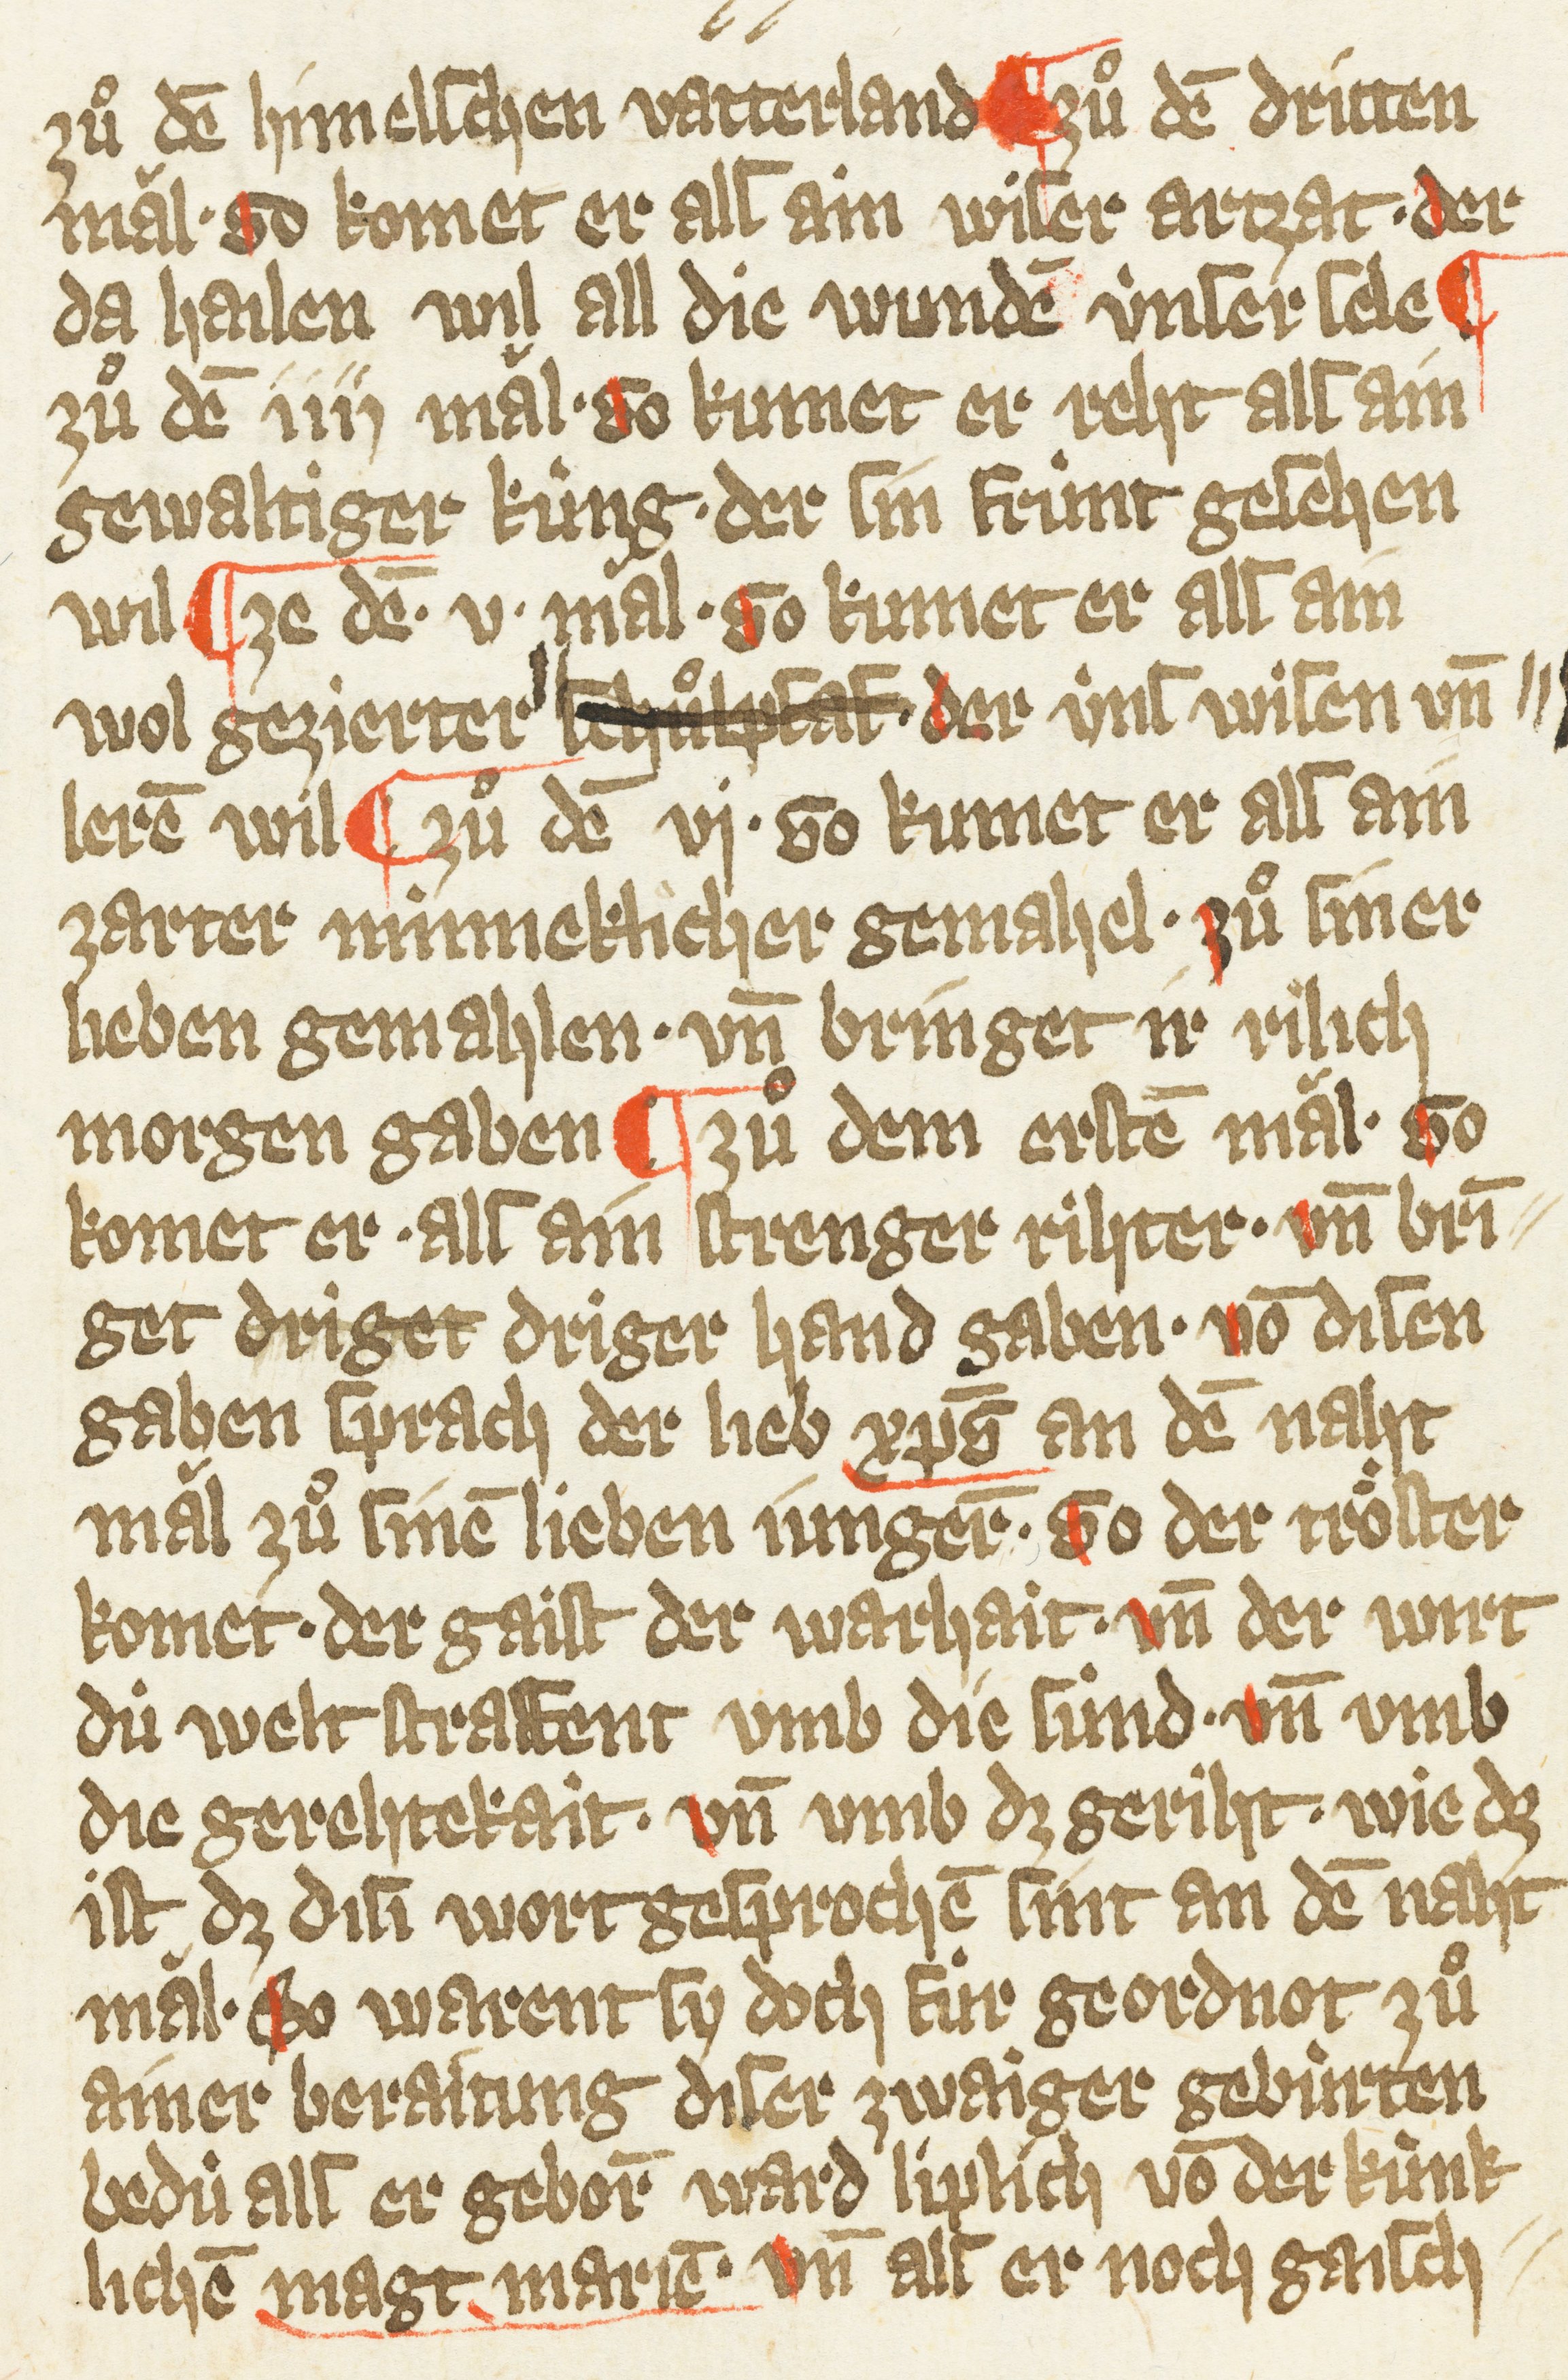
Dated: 1385–1415